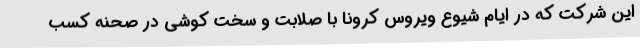
این شرکت که در ایام شیوع ویروس کرونا با صلابت و سخت کوشی در صحنه کسب